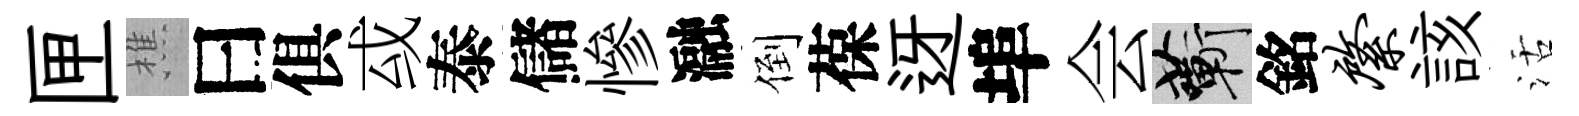
匣樵曰俱㦯泰儲慘瀜倒葆迓埠会蔪銘綮該活